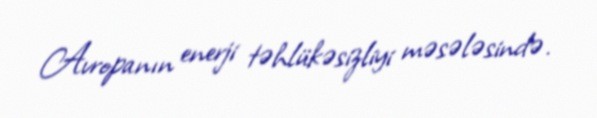
Avropanın enerji təhlükəsizliyi məsələsində.